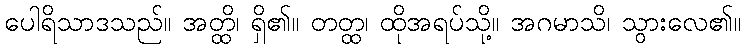
ပေါရိသာဒသည်။ အတ္ထိ၊ ရှိ၏။ တတ္ထ၊ ထိုအရပ်သို့။ အဂမာသိ၊ သွားလေ၏။